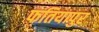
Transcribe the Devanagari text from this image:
फतियापुर